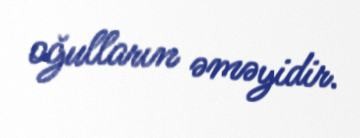
oğulların əməyidir.